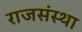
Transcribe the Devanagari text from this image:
राजसंस्था